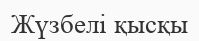
Жүзбелі қысқы